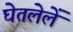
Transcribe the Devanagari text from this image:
घेतलेलें